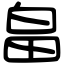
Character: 畠